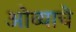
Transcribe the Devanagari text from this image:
ओव्याचे